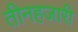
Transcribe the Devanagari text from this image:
तीनहजारी